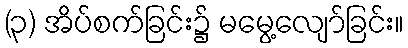
(၃) အိပ်စက်ခြင်း၌ မမွေ့လျော်ခြင်း။